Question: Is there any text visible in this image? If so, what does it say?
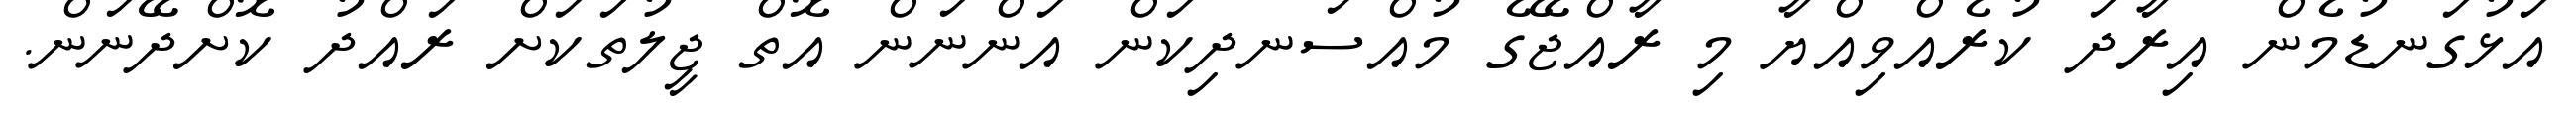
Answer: އަޅުގަނޑުމެން އިރާދަ ކުރެއްވިއްޔާ މި ރާއްޖޭގެ މުއްސަނދިކަން އަންނަން އޮތް ޖީލުތަކަށް ރައްދު ކޮށްދޭނަން.